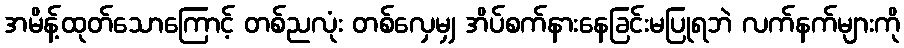
အမိန့်ထုတ်သောကြောင့် တစ်ညလုံး တစ်လှေမျှ အိပ်စက်နားနေခြင်းမပြုရဘဲ လက်နက်များကို